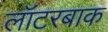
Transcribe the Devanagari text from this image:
लॉटरबाक